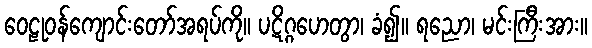
ဝေဠုဝန်ကျောင်းတော်အရပ်ကို။ ပဋိဂ္ဂဟေတွာ၊ ခံ၍။ ရညော၊ မင်းကြီးအား။